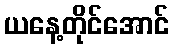
ယနေ့တိုင်အောင်